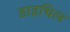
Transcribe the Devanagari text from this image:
डाइथिल